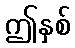
ဤနှစ်